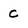
Character: C